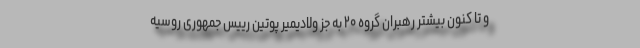
و تا کنون بیشتر رهبران گروه ۲۰ به جز ولادیمیر پوتین رییس جمهوری روسیه